Report on sanitation, dispensaries, and jails in Rajputana for 1911, and on vaccination for the year 1911-1912 - 1911-1912
Year: 1911
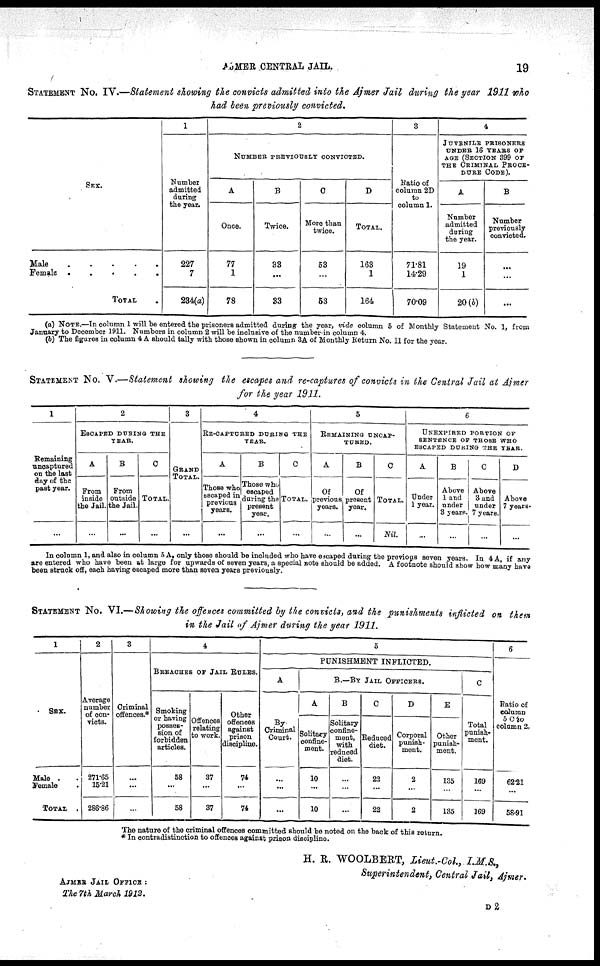
AJMER CENTRAL JAIL.
19
STATEMENT NO. IV.—Statement showing the convicts admitted into the Ajmer Jail during the year 1911 who
had been previously convicted.
SEX.
Male
.
.
.
.
.
Female . . . . .
TOTAL .
1
Number
admitted
during
the year.
227
7
234(a)
2
NUMBER PREVIOUSLY CONVICTED.
A
Once.
77
1
78
B
Twice.
33
...
33
C
More than
twice.
53
...
53
D
TOTAL.
163
1
164
3
Ratio of
column 2D
to
column 1.
71.81
14.29
70.09
4
JUVENILE PRISONERS
UNDER 16 YEARS OF
AGE (SECTION 399 OF
THE CRIMINAL PROCE-
DURE CODE).
A
Number
admitted
during
the year.
19
1
20 (b)
B
Number
previously
convicted.
...
...
...
(a) NOTE.—In column 1 will be entered the prisoners admitted during the year, vide column 5 of Monthly Statement No. 1, from
January to December 1911. Numbers in column 2 will be inclusive of the number-in column 4.
(b) The figures in column 4 A should tally with those shown in column 3A of Monthly Return No. II for the year.
STATEMENT No. V.—Statement showing the escapes and re-captures of convicts in the Central Jail at Ajmer
for the year 1911.
1
Remaining
uncaptured
on the last
day of the
past year.
...
2
ESCAPED DURING THE
YEAR.
A
From
inside
the Jail.
...
B
From
outside
the Jail.
...
C
TOTAL.
...
3
GRAND
TOTAL.
...
4
RE-CAPTURED DURING THE
YEAR.
A
Those who
escaped in
previous
years.
...
B
Those who
escaped
during the
present
year.
...
C
TOTAL.
...
5
REMAINING UNCAP¬
TURED.
A
Of
previous
years.
...
B
Of
present
year.
...
C
TOTAL.
Nil.
6
UNEXPIRED PORTION OF
SENTENCE OF THOSE WHO
ESCAPED DURING THE YEAR.
A
Under
1 year.
...
B
Above
1 and
under
3 years.
...
C
Above
3 and
under
7 years.
...
D
Above
7 years.
...
In column 1, and also in column 5 A, only those should be included who have escaped during the previous seven years. In 4 A if any
are entered who have been at large for upwards of seven years, a special note should be added. A footnote should show how many have
been struck off, each having escaped more than seven years previously.
STATEMENT NO. VI.—Showing the offences committed by the convicts, and the punishments inflicted on them
in the Jail of Ajmer during the year 1911.
1
SEX.
Male . .
Female .
TOTAL
.
2
Average
number
of con-
victs.
271.65
15.21
286.86
3
Criminal
offences.*
...
...
...
4
BREACHES OF JAIL BULBS.
Smoking
or having
posses-
sion of
forbidden
articles.
58
...
58
Offences
relating
to work.
37
...
37
Other
offences
against
prison
discipline.
74
...
74
5
PUNISHMENT INFLICTED.
A
By
Criminal
Court.
...
...
...
B.—BY JAIL OFFICERS.
A
Solitary
confine-
ment.
10
...
10
B
Solitary
confine-
ment,
with
reduced
diet.
...
...
...
C
Reduced
diet.
22
...
22
D
Corporal
punish-
ment.
2
...
2
E
Other
punish-
ment.
135
...
135
C
Total
punish¬
ment.
169
...
169
6
Ratio of
column
5 C to
column 2.
62.21
58.91
The nature of the criminal offences committed should be noted on the back of this return.
* In contradistinction to offences against prison discipline.
H. R. WOOLBERT, Lieut.-Col,
I.M.S.,
Superintendent, Central Jail, Ajmer.
AJMER JAIL OFFICE :
The 7th March 1912.
D2